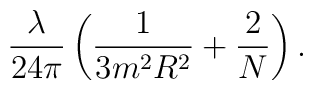
\frac{\lambda}{24\pi}\left(\frac1{3 m^2R^2}+\frac2N\right)\mbox.